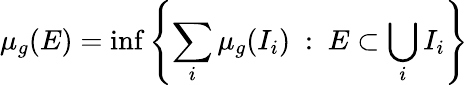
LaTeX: \mu_{g}(E)=\operatorname*{inf}\left\{ \sum_{i}\mu_{g}(I_{i})\ :\ E\subset\bigcup_{i}I_{i}\right\}